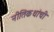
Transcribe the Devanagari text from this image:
नीतिकथांची